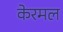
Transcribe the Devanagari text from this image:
केरमल